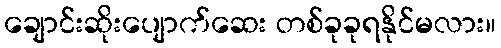
ချောင်းဆိုးပျောက်ဆေး တစ်ခုခုရနိုင်မလား။